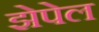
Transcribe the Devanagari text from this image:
झेपेल